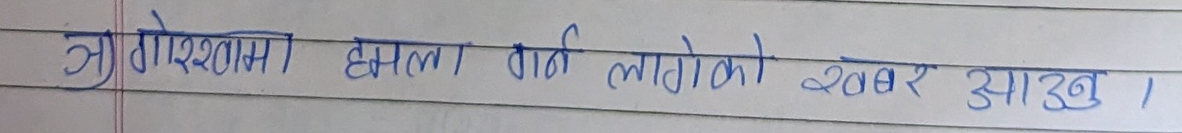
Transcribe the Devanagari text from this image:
ओखलढुंगामा हमला गर्न लागेको खबर आउनु ।